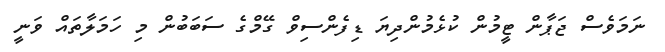
ނަމަވެސް ޖަޕާން ޓީމުން ކުޅެމުންދިޔަ ޑިފެންސިވް ގޭމްގެ ސަބަބުން މި ހަމަލާތައް ވަނީ